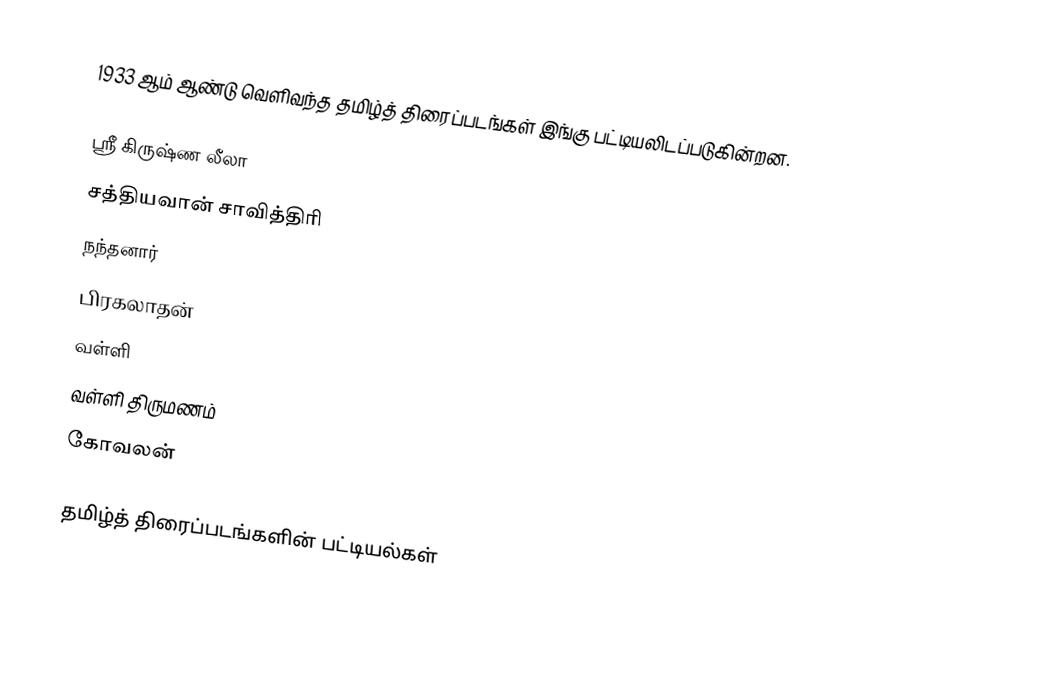
1933 ஆம் ஆண்டு வெளிவந்த தமிழ்த் திரைப்படங்கள் இங்கு பட்டியலிடப்படுகின்றன.

 ஸ்ரீ கிருஷ்ண லீலா
 சத்தியவான் சாவித்திரி
 நந்தனார்
 பிரகலாதன்
 வள்ளி
 வள்ளி திருமணம்
 கோவலன்

தமிழ்த் திரைப்படங்களின் பட்டியல்கள்